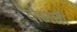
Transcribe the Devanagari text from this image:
दौलती